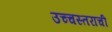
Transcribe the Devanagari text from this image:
उच्चस्तराची